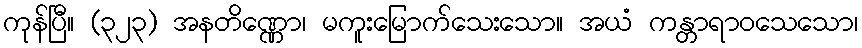
ကုန်ပြီ။ (၃၂၃) အနတိဏ္ဏော၊ မကူးမြောက်သေးသော။ အယံ ကန္တာရာဝသေသော၊